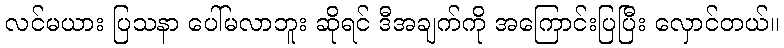
လင်မယား ပြသနာ ပေါ်မလာဘူး ဆိုရင် ဒီအချက်ကို အကြောင်းပြပြီး လှောင်တယ်။